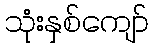
သုံးနှစ်ကျော်